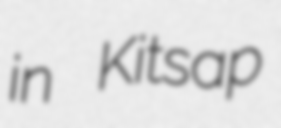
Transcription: in Kitsap